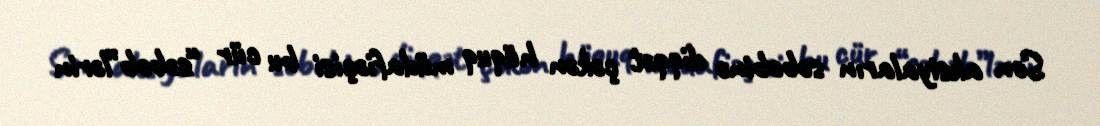
Son aksiyaların səbəbinə diqqət çəkən hüquq müdafiəçisi bu cür “səbəb”lərin